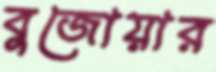
বুজোয়ার